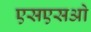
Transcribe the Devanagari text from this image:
एसएसओ